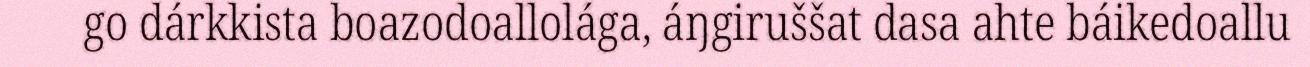
go dárkkista boazodoallolága, áŋgiruššat dasa ahte báikedoallu